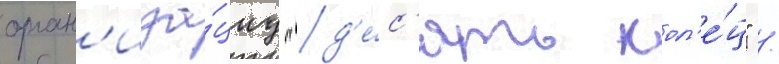
орган'иза́циу "д'е́с'ять кол'е́ц" /